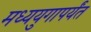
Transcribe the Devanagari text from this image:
मध्ययुगापर्यंत